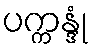
ပက္ကန္ဒုံ